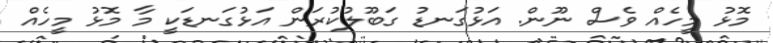
މޮޅު މީހެއް ވެސް ނޫން. އަޅުގަނޑު ގަބޫލުކުރަން އަޅުގަނޑަކީ މާ މޮޅު މީހެއް